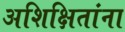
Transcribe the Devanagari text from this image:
अशिक्षितांना